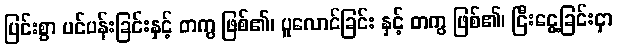
ပြင်းစွာ ပင်ပန်းခြင်းနှင့် တကွ ဖြစ်၏၊ ပူလောင်ခြင်း နှင့် တကွ ဖြစ်၏၊ ငြီးငွေ့ခြင်းငှာ